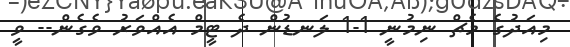
މިއަދުގެ މެޗް ނިމުނީ 1-1 ލަނޑުން ދެ ޓީމް އެއްވަރު ވެގެން-- ވީ